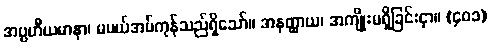
အပ္ပဟိီယမာနာ၊ မပယ်အပ်ကုန်သည်ရှိသော်။ အနတ္ထာယ၊ အကျိုးမရှိခြင်းငှာ။ (၄၀၁)